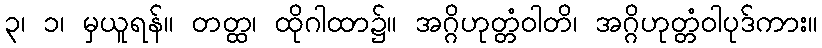
၃၊ ၁၊ မှယူရန်။ တတ္ထ၊ ထိုဂါထာ၌။ အဂ္ဂိဟုတ္တံဝါတိ၊ အဂ္ဂိဟုတ္တံဝါပုဒ်ကား။